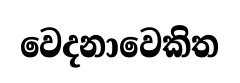
වෙදනාවෙකිත